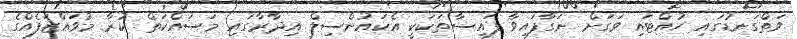
ވަތްގަނޑުގައި ހުއްޓައި ވަގަށް ނަގާފައިވާ ފައިސާތަކަކީ އެކައުންސިލް އިދާރާގައި މަސައްކަތް ކުރާ މުވައްޒަފެއްގެ